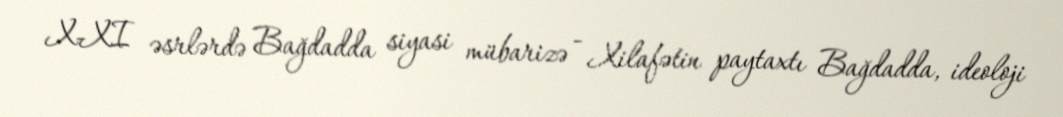
X-XI əsrlərdə Bağdadda siyasi mübarizə - Xilafətin paytaxtı Bağdadda, ideoloji